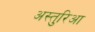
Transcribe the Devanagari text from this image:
अस्तुरिआ